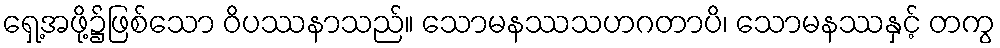
ရှေ့အဖို့၌ဖြစ်သော ဝိပဿနာသည်။ သောမနဿသဟဂတာပိ၊ သောမနဿနှင့် တကွ